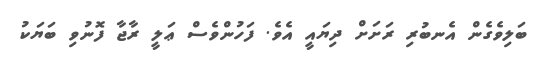
ބަލިވެގެން އެނބުރި ރަށަށް ދިޔައީ އެވެ. ފަހުންވެސް ޢަލީ ރާޖާ ފޮނުވި ބަޔަކު